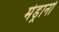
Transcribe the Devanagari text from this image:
मेड्रानो